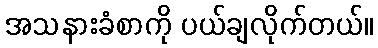
အသနားခံစာကို ပယ်ချလိုက်တယ်။